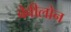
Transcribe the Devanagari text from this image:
बेवीलोन